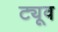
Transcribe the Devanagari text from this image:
ट्यूव